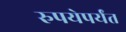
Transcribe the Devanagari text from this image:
रुपयेपर्यंत